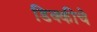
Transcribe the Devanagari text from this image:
डिक्कीचे